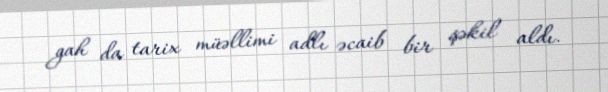
gah da tarix müəllimi adlı əcaib bir şəkil aldı.